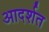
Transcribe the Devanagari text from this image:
आदर्शत